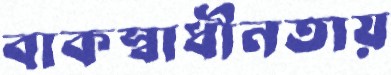
বাকস্বাধীনতায়